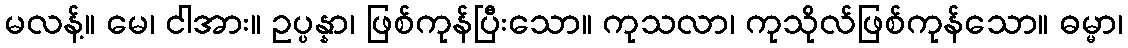
မလန့်။ မေ၊ ငါအား။ ဥပ္ပန္နာ၊ ဖြစ်ကုန်ပြီးသော။ ကုသလာ၊ ကုသိုလ်ဖြစ်ကုန်သော။ ဓမ္မာ၊